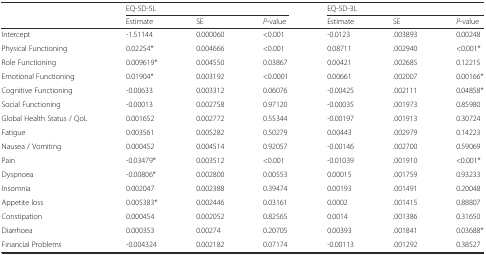
<table><thead><tr><td></td><td colspan="3"><b>EQ-5D-5L</b></td><td colspan="3"><b>EQ-5D-3L</b></td></tr><tr><td></td><td><b>Estimate</b></td><td><b>SE</b></td><td><b><i>P</i>-value</b></td><td><b>Estimate</b></td><td><b>SE</b></td><td><b><i>P</i>-value</b></td></tr></thead><tbody><tr><td>Intercept</td><td>-1.51144</td><td>0.000060</td><td>&lt;0.001</td><td>-0.0123</td><td>.003893</td><td>0.00248</td></tr><tr><td>Physical Functioning</td><td>0.02254*</td><td>0.004666</td><td>&lt;0.001</td><td>0.08711</td><td>.002940</td><td>&lt;0.001*</td></tr><tr><td>Role Functioning</td><td>0.009619*</td><td>0.004550</td><td>0.03867</td><td>0.00421</td><td>.002685</td><td>0.12215</td></tr><tr><td>Emotional Functioning</td><td>0.01904*</td><td>0.003192</td><td>&lt;0.0001</td><td>0.00661</td><td>.002007</td><td>0.00166*</td></tr><tr><td>Cognitive Functioning</td><td>-0.00633</td><td>0.003312</td><td>0.06076</td><td>-0.00425</td><td>.002111</td><td>0.04858*</td></tr><tr><td>Social Functioning</td><td>-0.00013</td><td>0.002758</td><td>0.97120</td><td>-0.00035</td><td>.001973</td><td>0.85980</td></tr><tr><td>Global Health Status / QoL</td><td>0.001652</td><td>0.002772</td><td>0.55344</td><td>-0.00197</td><td>.001913</td><td>0.30724</td></tr><tr><td>Fatigue</td><td>0.003561</td><td>0.005282</td><td>0.50279</td><td>0.00443</td><td>.002979</td><td>0.14223</td></tr><tr><td>Nausea / Vomiting</td><td>0.000452</td><td>0.004514</td><td>0.92057</td><td>-0.00146</td><td>.002700</td><td>0.59069</td></tr><tr><td>Pain</td><td>-0.03479*</td><td>0.003512</td><td>&lt;0.001</td><td>-0.01039</td><td>.001910</td><td>&lt;0.001*</td></tr><tr><td>Dyspnoea</td><td>-0.00806*</td><td>0.002800</td><td>0.00553</td><td>0.00015</td><td>.001759</td><td>0.93233</td></tr><tr><td>Insomnia</td><td>0.002047</td><td>0.002388</td><td>0.39474</td><td>0.00193</td><td>.001491</td><td>0.20048</td></tr><tr><td>Appetite loss</td><td>0.005383*</td><td>0.002446</td><td>0.03161</td><td>0.0002</td><td>.001415</td><td>0.88807</td></tr><tr><td>Constipation</td><td>0.000454</td><td>0.002052</td><td>0.82565</td><td>0.0014</td><td>.001386</td><td>0.31650</td></tr><tr><td>Diarrhoea</td><td>0.000353</td><td>0.00274</td><td>0.20705</td><td>0.00393</td><td>.001841</td><td>0.03688*</td></tr><tr><td>Financial Problems</td><td>-0.004324</td><td>0.002182</td><td>0.07174</td><td>-0.00113</td><td>.001292</td><td>0.38527</td></tr></tbody></table>